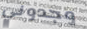
وجدوني